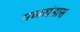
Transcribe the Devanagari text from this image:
मध्यखंडास